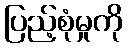
ပြည့်စုံမှုကို